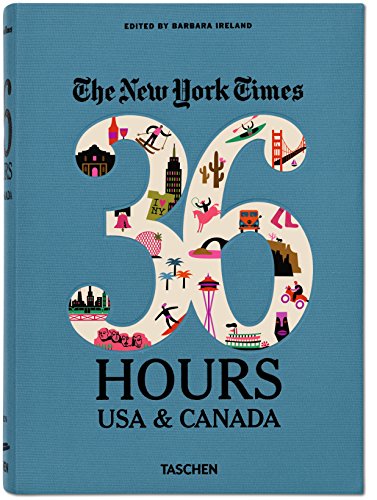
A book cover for The New York Times: 36 Hours USA & Canada, 2nd Edition; Travel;